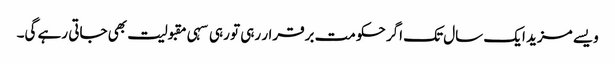
ویسے مزید ایک سال تک اگر حکومت برقرار رہی تو رہی سہی مقبولیت بھی جاتی رہے گی۔